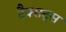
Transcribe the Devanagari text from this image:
टैक्सट्स